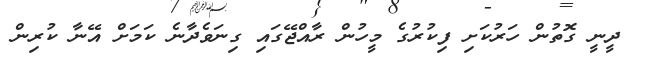
ދީނީ ގޮތުން ހަރުކަށި ފިކުރުގެ މީހުން ރާއްޖޭގައި ގިނަވެދާނެ ކަމަށް އޭނާ ކުރިން